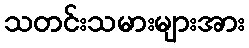
သတင်းသမားများအား